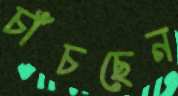
চাঁচছেন